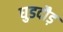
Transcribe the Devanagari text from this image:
घुडदौड़